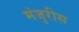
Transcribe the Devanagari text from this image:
मंजुरीस